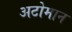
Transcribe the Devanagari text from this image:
अटोमान